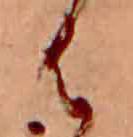
は